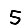
Digit: 5